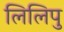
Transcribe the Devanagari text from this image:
लिलिपु